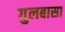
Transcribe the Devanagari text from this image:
गुलबासा